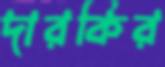
দারকির